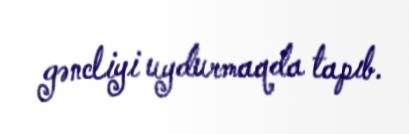
gəncliyi uydurmaqda tapıb.